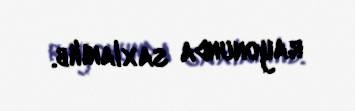
rayonunda saxlanılıb.